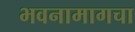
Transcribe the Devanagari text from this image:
भवनामागचा